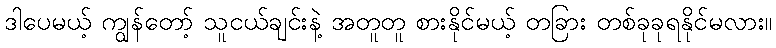
ဒါပေမယ့် ကျွန်တော့် သူငယ်ချင်းနဲ့ အတူတူ စားနိုင်မယ့် တခြား တစ်ခုခုရနိုင်မလား။